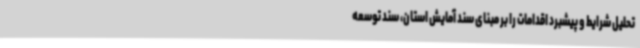
تحلیل شرایط و پیشبرد اقدامات را بر مبنای سند آمایش استان، سند توسعه